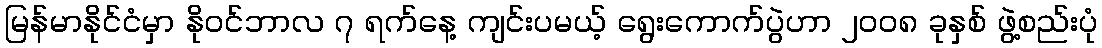
မြန်မာနိုင်ငံမှာ နိုဝင်ဘာလ ၇ ရက်နေ့ ကျင်းပမယ့် ရွေးကောက်ပွဲဟာ ၂၀၀၈ ခုနှစ် ဖွဲ့စည်းပုံ